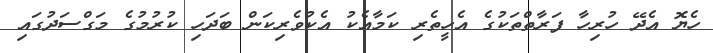
ހެޔޮ އެދޭ ހުރިހާ ފަރާތްތަކުގެ އެހީތެރި ކަމާއެކު އެކުވެރިކަން ބަދަހި ކުރުމުގެ މަގްސަދުގައި